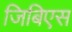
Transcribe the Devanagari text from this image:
जिबिएस